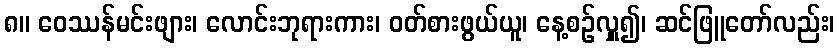
၈။ ဝေဿန်မင်းဖျား၊ လောင်းဘုရားကား၊ ဝတ်စားဖွယ်ယူ၊ နေ့စဉ်လှူ၍၊ ဆင်ဖြူတော်လည်း၊